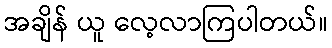
အချိန် ယူ လေ့လာကြပါတယ်။